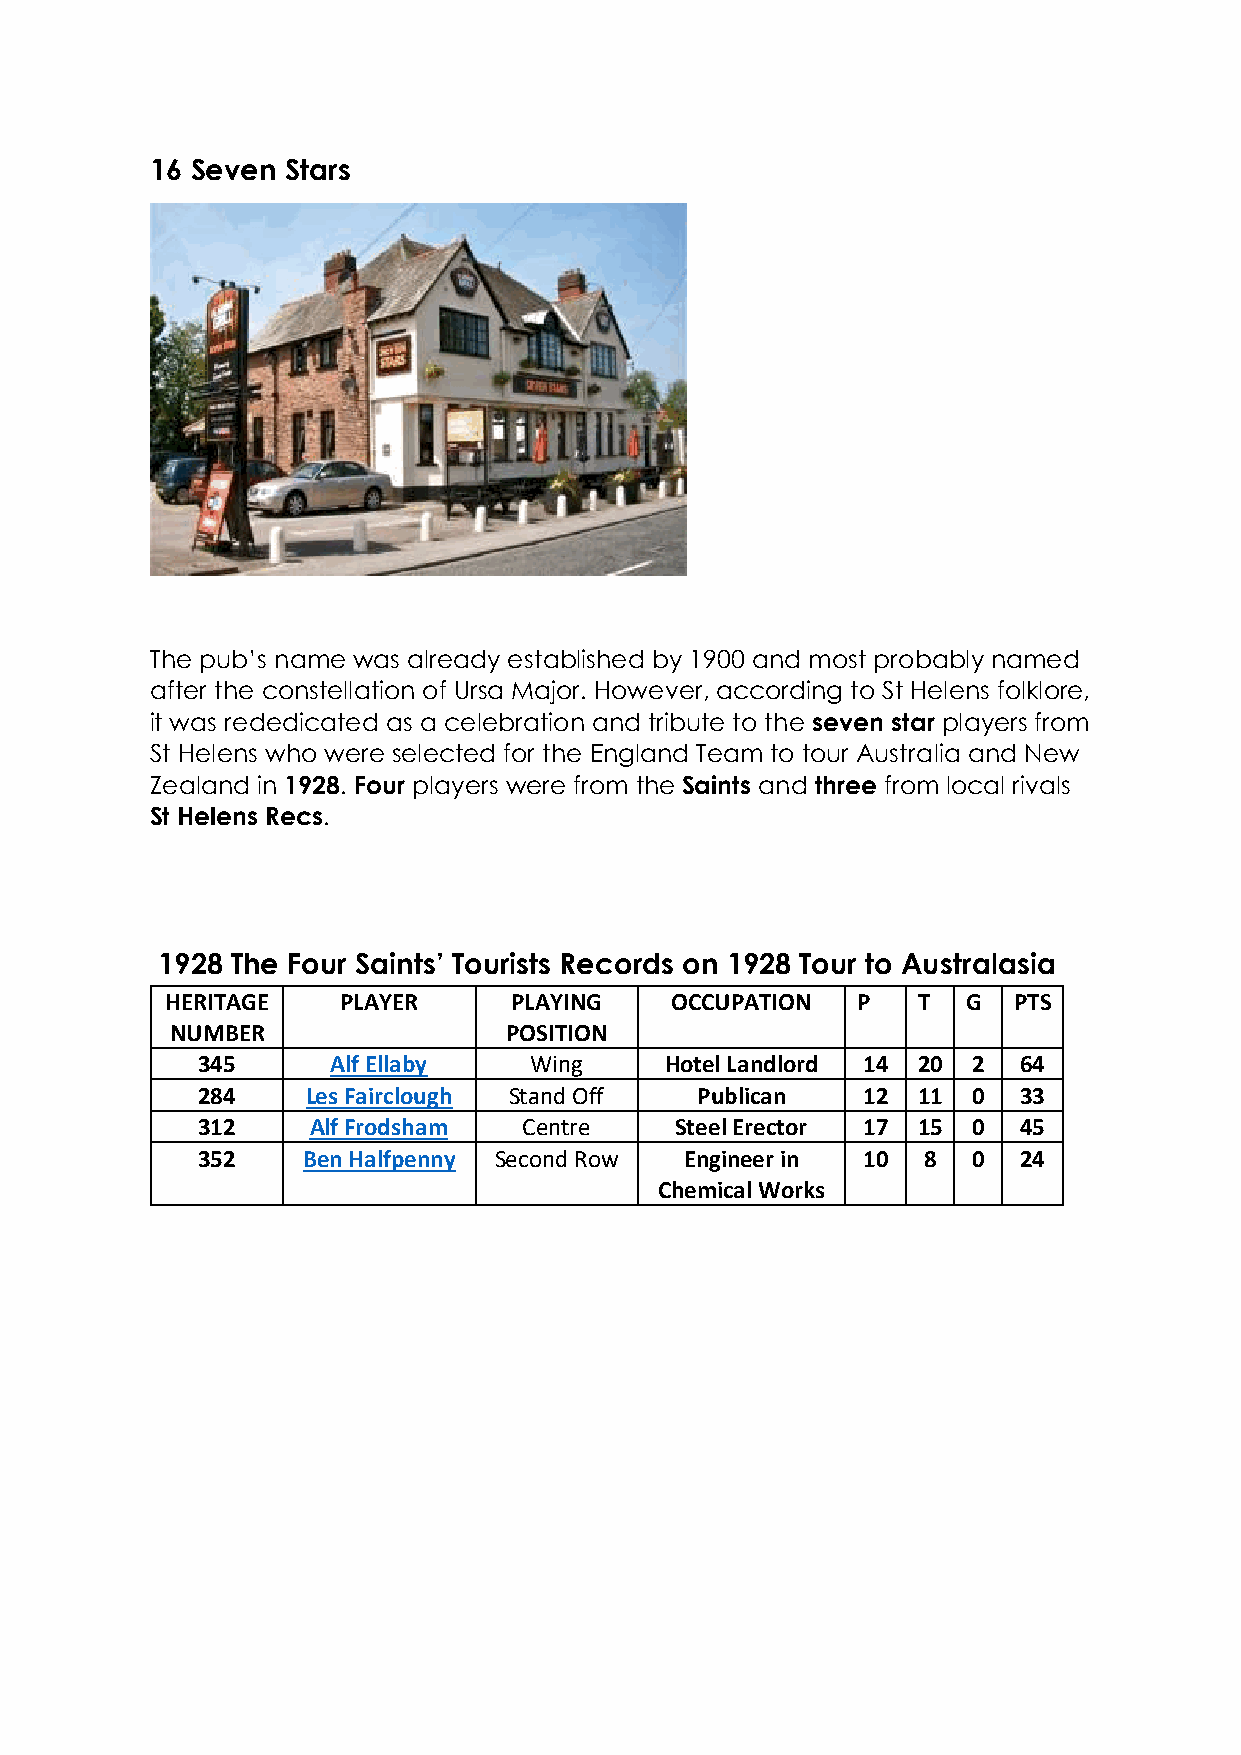
16 Seven Stars
 The pub’s name was already established by 1900 and most probably named
 after the constellation of Ursa Major. However, according to St Helens folklore,
 it was rededicated as a celebration and tribute to the seven star players from
 St Helens who were selected for the England Team to tour Australia and New
 Zealand in 1928. Four players were from the Saints and three from local rivals
 St Helens Recs.
 1928 The Four Saints’ Tourists Records on 1928 Tour to Australasia
 HERITAGE   PLAYER      PLAYING   OCCUPATION   P   T  G  PTS
 NUMBER                POSITION
 345      Alf Ellaby   Wing     Hotel Landlord 14 20 2 64
 284    Les Fairclough Stand Off  Publican   12  11 0  33
 312    Alf Frodsham   Centre    Steel Erector 17 15 0 45
 352    Ben Halfpenny Second Row Engineer in 10  8  0  24
 Chemical Works